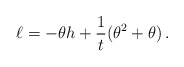
\begin{align*}\ell=-\theta h+\frac{1}{t}(\theta^2+\theta)\,. \end{align*}